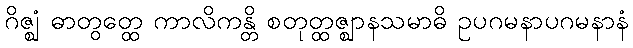
ဂိဇ္ဈံ ဓာတွတ္ထေ ကာလိကန္တိ စတုတ္ထဇ္ဈာနသမာဓိ ဥပဂမနာပဂမနာနံ